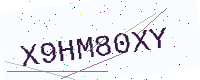
Text: X9HM80XY